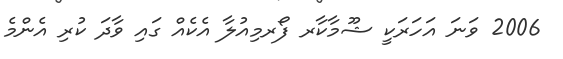
2006 ވަނަ އަހަރަކީ ޝޫމާކާރ ފޯރމިއުލާ އެކެއް ގައި ވާދަ ކުރި އެންމެ